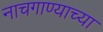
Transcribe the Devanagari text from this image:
नाचगाण्याच्या